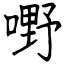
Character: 嘢